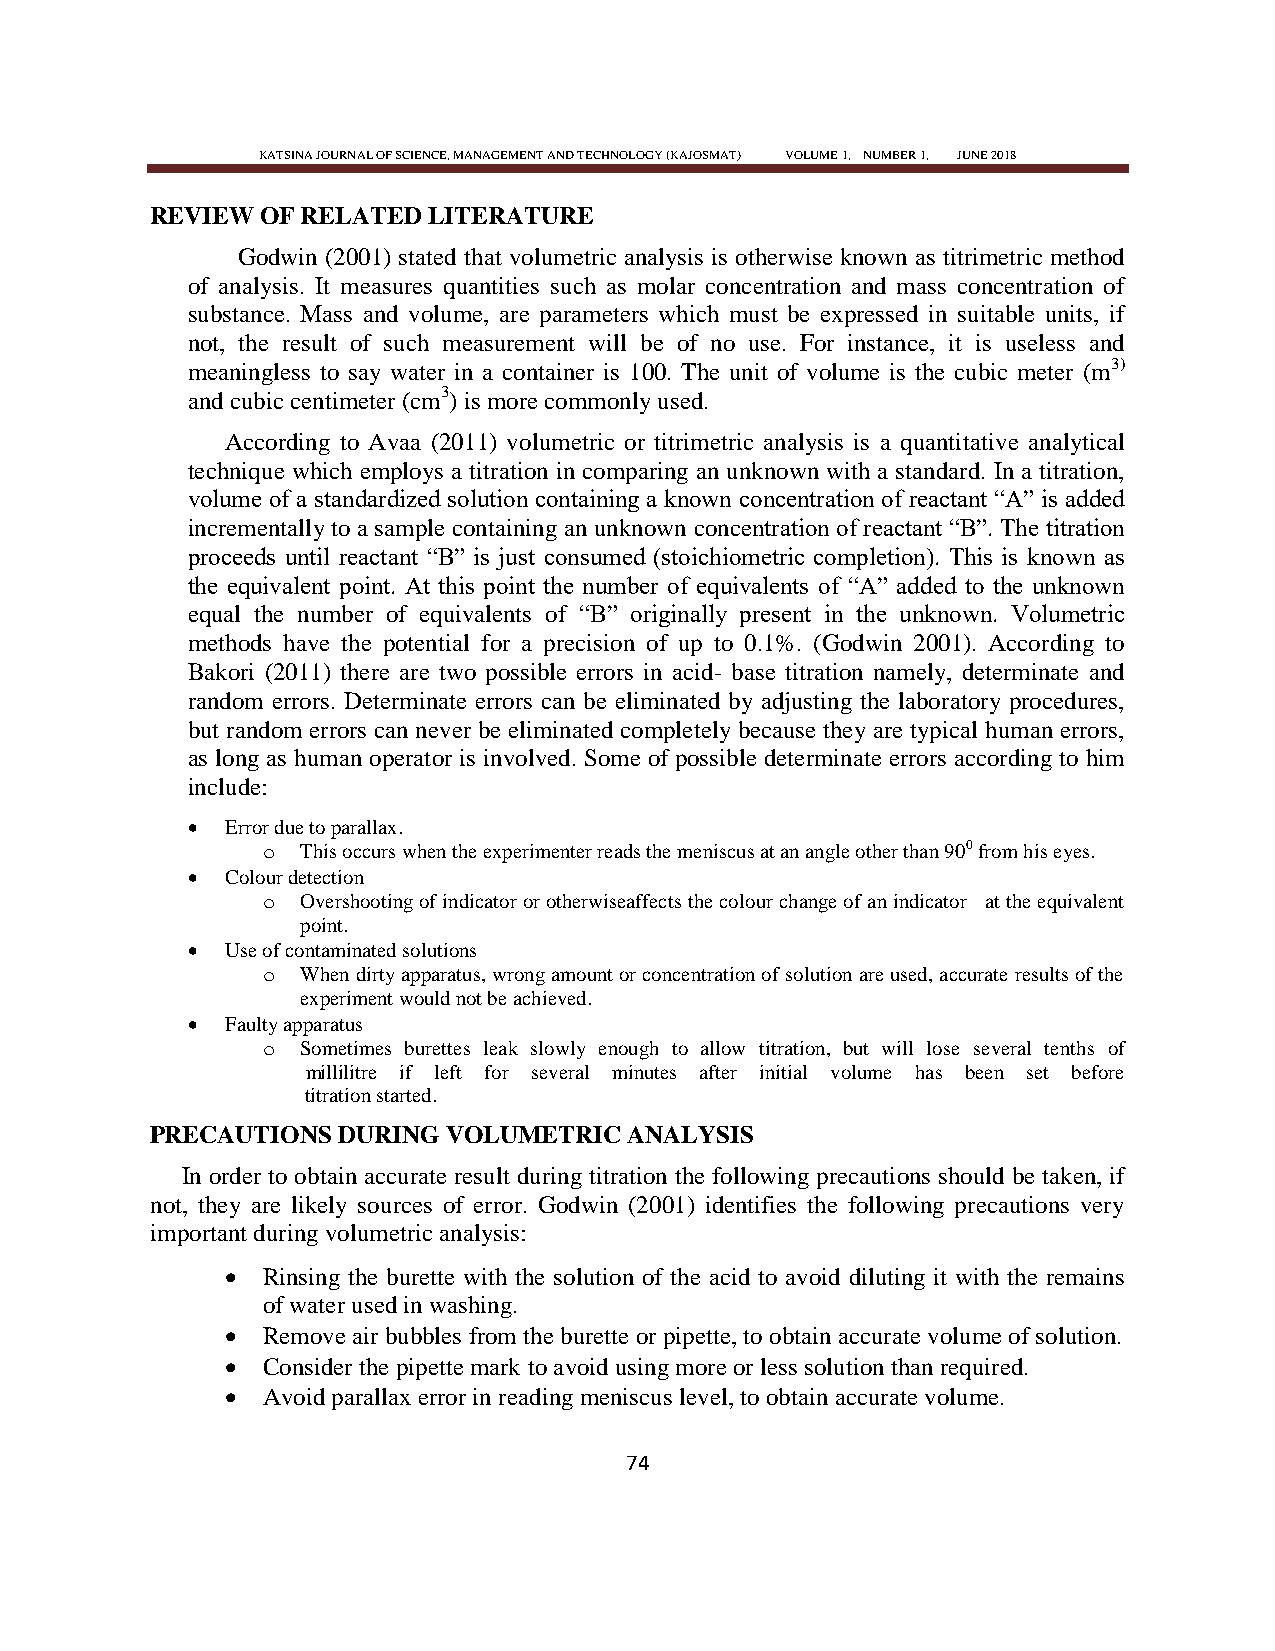
KATSINA JOURNAL OF SCIENCE, MANAGEMENT AND TECHNOLOGY (KAJOSMAT) VOLUME 1, NUMBER 1, JUNE 2018
 REVIEW OF RELATED LITERATURE
 Godwin (2001) stated that volumetric analysis is otherwise known as titrimetric method
 of analysis. It measures quantities such as molar concentration and mass concentration of
 substance. Mass and volume, are parameters which must be expressed in suitable units, if
 not, the result of such measurement will be of no use. For instance, it is useless and
 meaningless to say water in a container is 100. The unit of volume is the cubic meter (m3)
 and cubic centimeter (cm3) is more commonly used.
 According to Avaa (2011) volumetric or titrimetric analysis is a quantitative analytical
 technique which employs a titration in comparing an unknown with a standard. In a titration,
 volume of a standardized solution containing a known concentration of reactant ―A‖ is added
 incrementally to a sample containing an unknown concentration of reactant ―B‖. The titration
 proceeds until reactant ―B‖ is just consumed (stoichiometric completion). This is known as
 the equivalent point. At this point the number of equivalents of ―A‖ added to the unknown
 equal the number of equivalents of ―B‖ originally present in the unknown. Volumetric
 methods have the potential for a precision of up to 0.1%. (Godwin 2001). According to
 Bakori (2011) there are two possible errors in acid- base titration namely, determinate and
 random errors. Determinate errors can be eliminated by adjusting the laboratory procedures,
 but random errors can never be eliminated completely because they are typical human errors,
 as long as human operator is involved. Some of possible determinate errors according to him
 include:
   Error due to parallax.
 o  This occurs when the experimenter reads the meniscus at an angle other than 900 from his eyes.
   Colour detection
 o  Overshooting of indicator or otherwiseaffects the colour change of an indicator at the equivalent
 point.
   Use of contaminated solutions
 o  When dirty apparatus, wrong amount or concentration of solution are used, accurate results of the
 experiment would not be achieved.
   Faulty apparatus
 o  Sometimes burettes leak slowly enough to allow titration, but will lose several tenths of
 millilitre if left for several minutes after initial volume has been set before
 titration started.
 PRECAUTIONS DURING  VOLUMETRIC  ANALYSIS
 In order to obtain accurate result during titration the following precautions should be taken, if
 not, they are likely sources of error. Godwin (2001) identifies the following precautions very
 important during volumetric analysis:
  Rinsing the burette with the solution of the acid to avoid diluting it with the remains
 of water used in washing.
  Remove air bubbles from the burette or pipette, to obtain accurate volume of solution.
  Consider the pipette mark to avoid using more or less solution than required.
  Avoid parallax error in reading meniscus level, to obtain accurate volume.
 74